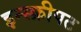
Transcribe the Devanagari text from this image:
इन्स्क्रीपट